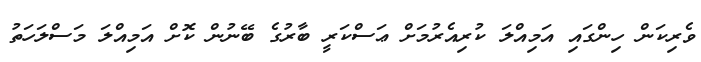
ވެރިކަން ހިންގައި އަމިއްލަ ކުރިއެރުމަށް ޢަސްކަރީ ބާރުގެ ބޭނުން ކޮށް އަމިއްލަ މަސްލަހަތު